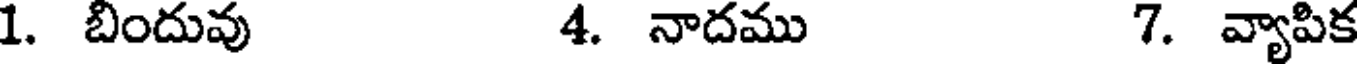
1. బిందువు 4. నాదము 7. వ్యాపిక